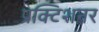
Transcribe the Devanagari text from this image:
प्रक्टिशनर